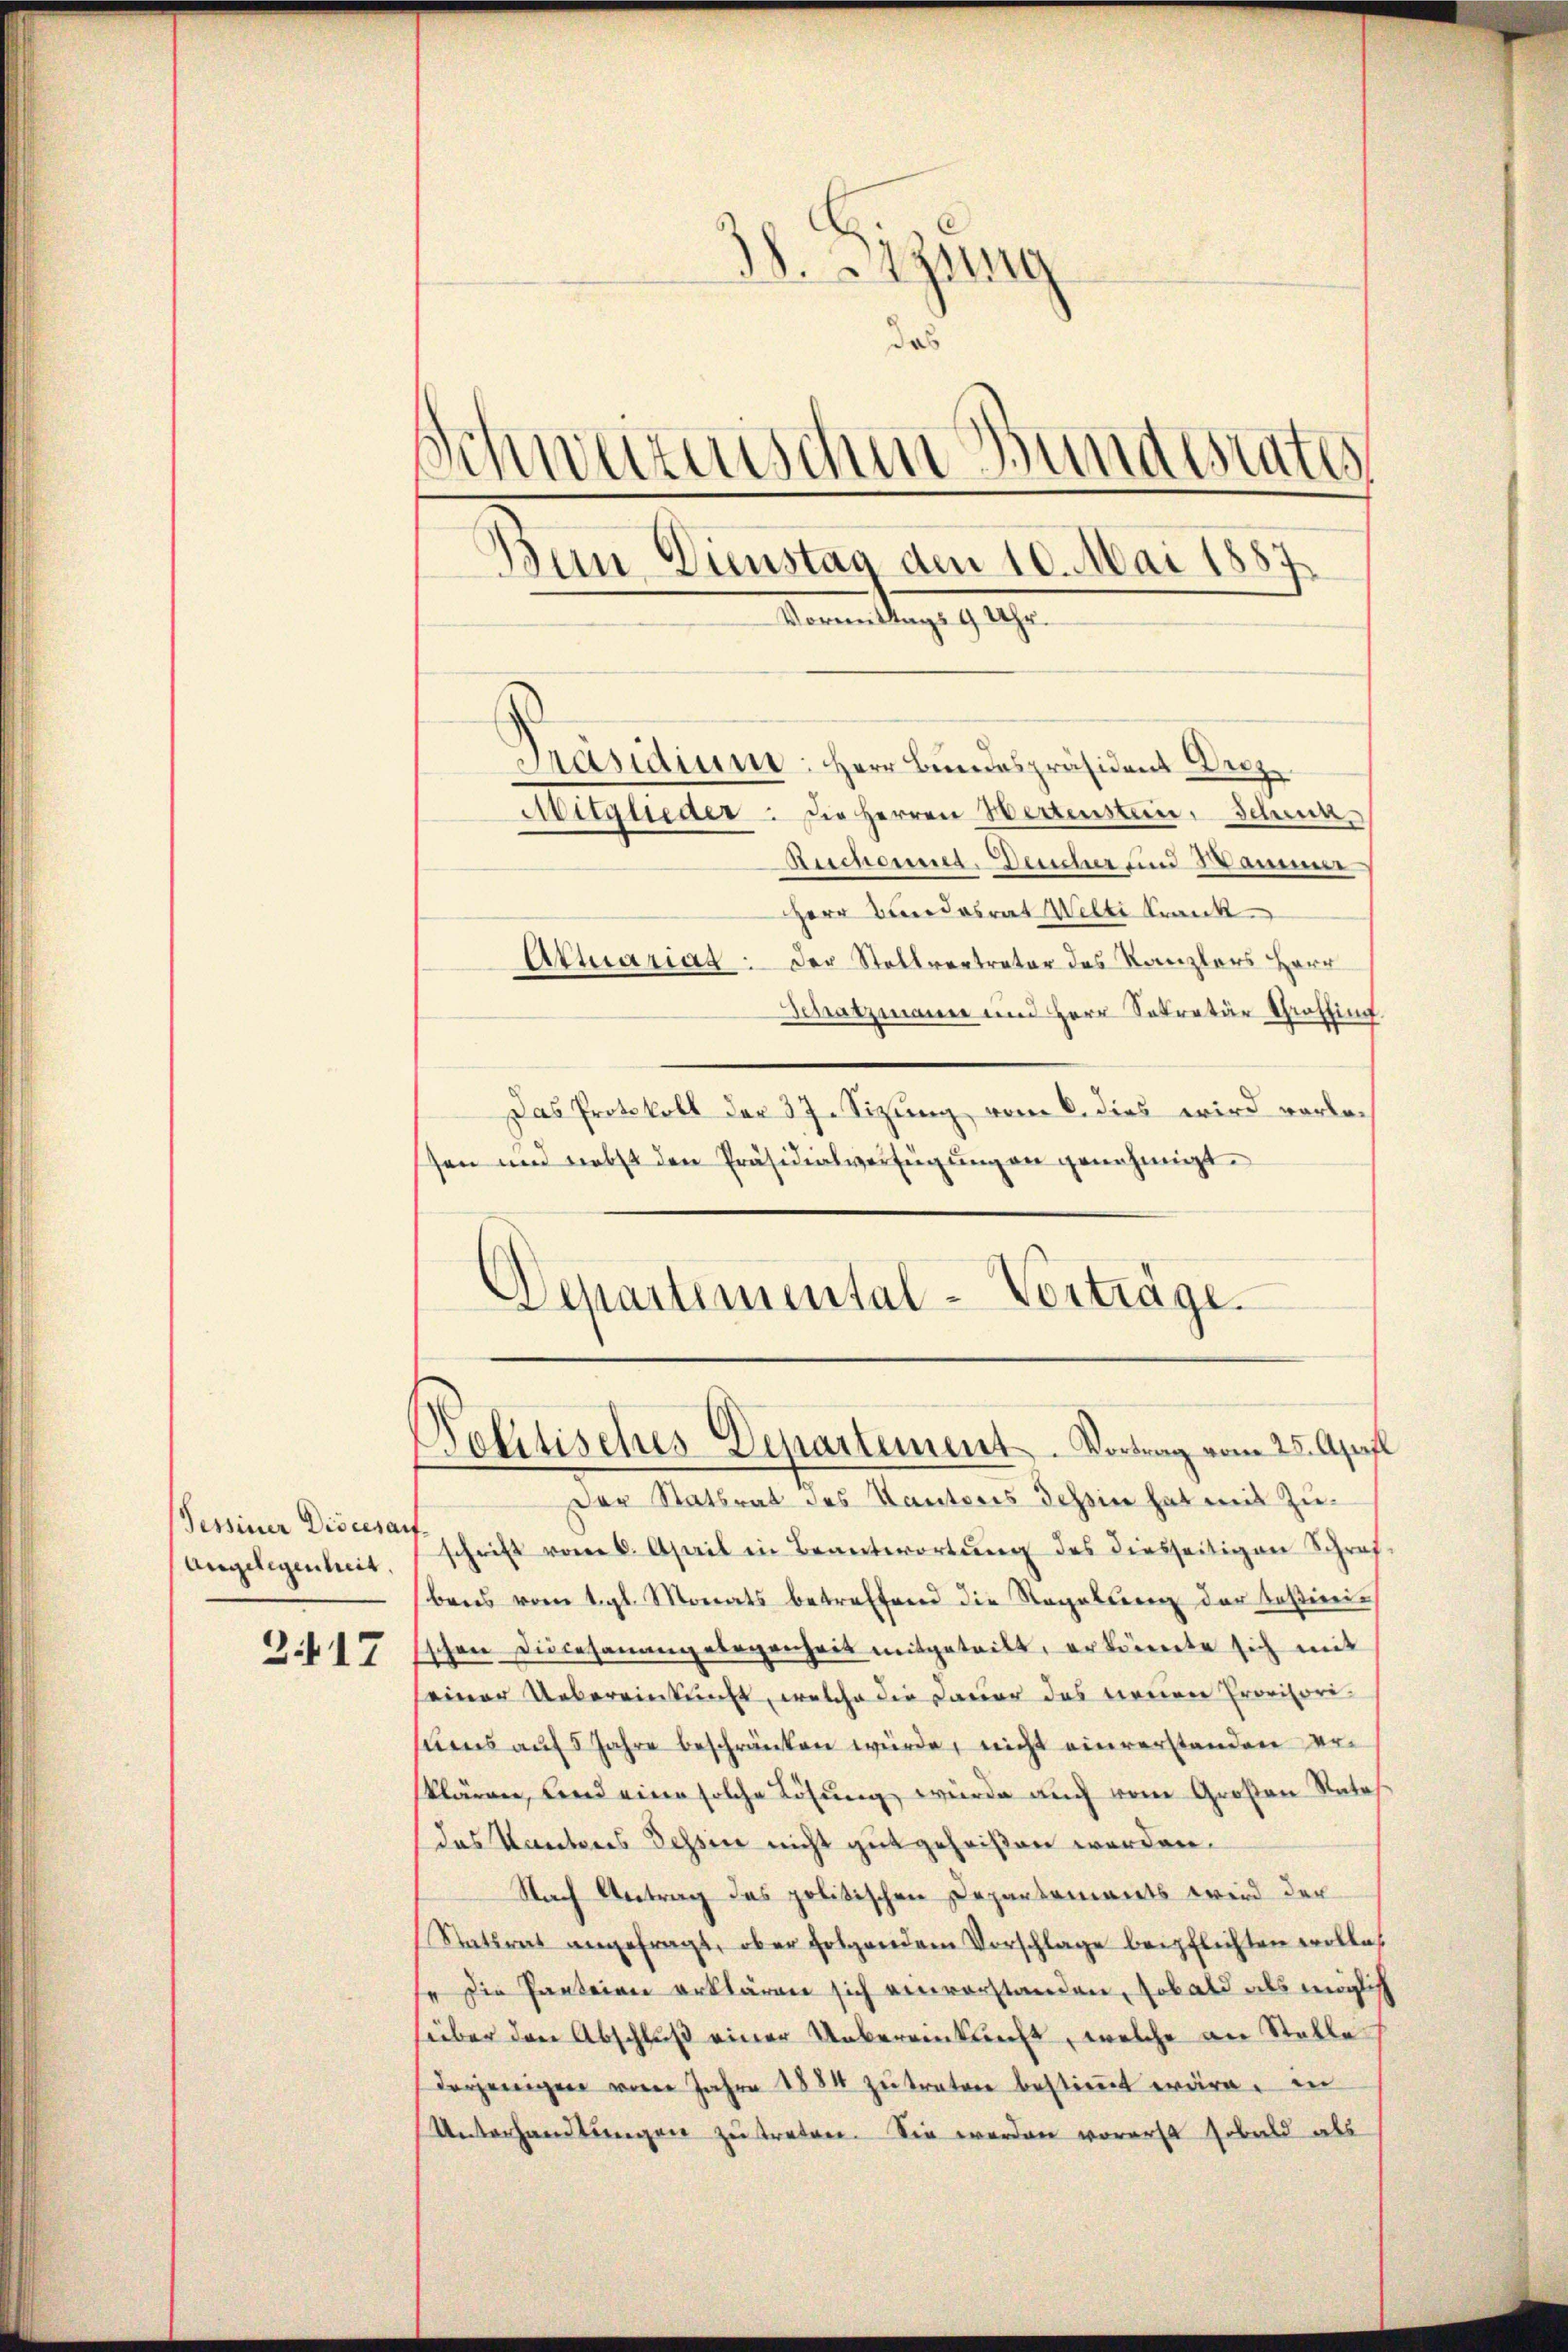
Tessiner Diocesauf
Angelegenheit.

217

1. Btzung
das
Schwurenischen Bundesrates
Bun Dienstag den 10. Mai 1887
Vormittags 9 Uhr.

Präsidium. Herr Bundespräsident Dez
Mitglieder. Die Herren Wertenstein. Schnen
Aichennet. Deucher und Sammer
Herr Bundesrat Welti krank
Aktuarias: Der Stellvertreter des Kanzlers Herr
Schatzmann und Herr Sekretär Graffin
Das Protokoll der 37. Sizung vom 6. dies wird vorlasen und nebst den Präsidialverfügŭng an genehmigt.
Departemental-Vorträge.

Pehtisches Departement. Vortrag vom 25. April

Der Statsrat des Kantons Tessin hat mit Zuschrift vom 6. April in Beantwortŭng des diesseitigen Schraf-
bens vom 1. gl. Monats betreffend die Regelung der Teßinischen Diocesanangelegenheit mitgeteilt, er könnte sich mit
seiner Uebereinkunft, welche die Dauer das keinen Provisorisums auf 5 Jahre beschränken würde, nicht einverstanden erklären, und eine solche Lösung würde auch vom Großen Rates
das Kantons Tessin nicht gut geheißen werden.
Nach Antrag des politischen Departements wird der
Stattrat angefragt, ober folgendem Vorschlage beipflichten wolles
fe die Parteien erklären sich einvorstanden, sobald als möglich
über den Abschluß einer Uebereinkunft, welche an Stelle
derjenigen vom Jahre 1884 zu traten bestimmt wäre, in
Unterhandlŭngen zŭ treten. Sie werden vorerst sobald als